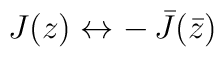
J(z) \leftrightarrow -\, {\bar J}(\bar z)